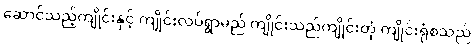
ဆောင်သည့်ကျိုင်းနှင့် ကျိုင်းလပ်ရွာမည် ကျိုင်းသည်ကျိုင်းတုံ ကျိုင်းရုံစသည်